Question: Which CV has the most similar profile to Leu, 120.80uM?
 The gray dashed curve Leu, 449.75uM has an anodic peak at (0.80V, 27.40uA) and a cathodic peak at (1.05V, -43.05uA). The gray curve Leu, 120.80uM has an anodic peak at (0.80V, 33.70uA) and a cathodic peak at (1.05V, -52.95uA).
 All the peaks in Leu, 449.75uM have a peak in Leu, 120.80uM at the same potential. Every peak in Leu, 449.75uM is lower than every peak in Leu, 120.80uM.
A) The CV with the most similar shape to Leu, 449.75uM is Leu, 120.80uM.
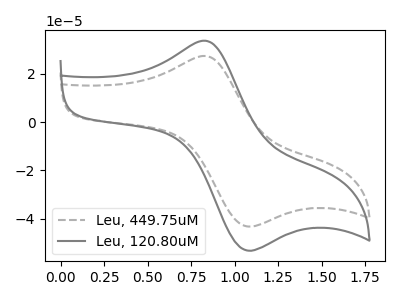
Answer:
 <answer>A) The CV with the most similar shape to "Leu, 449.75uM" is "Leu, 120.80uM".</answer>
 <eval>A</eval>